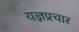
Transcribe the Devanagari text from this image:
यज्ञप्रचार